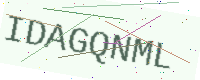
Text: IDAGQNML